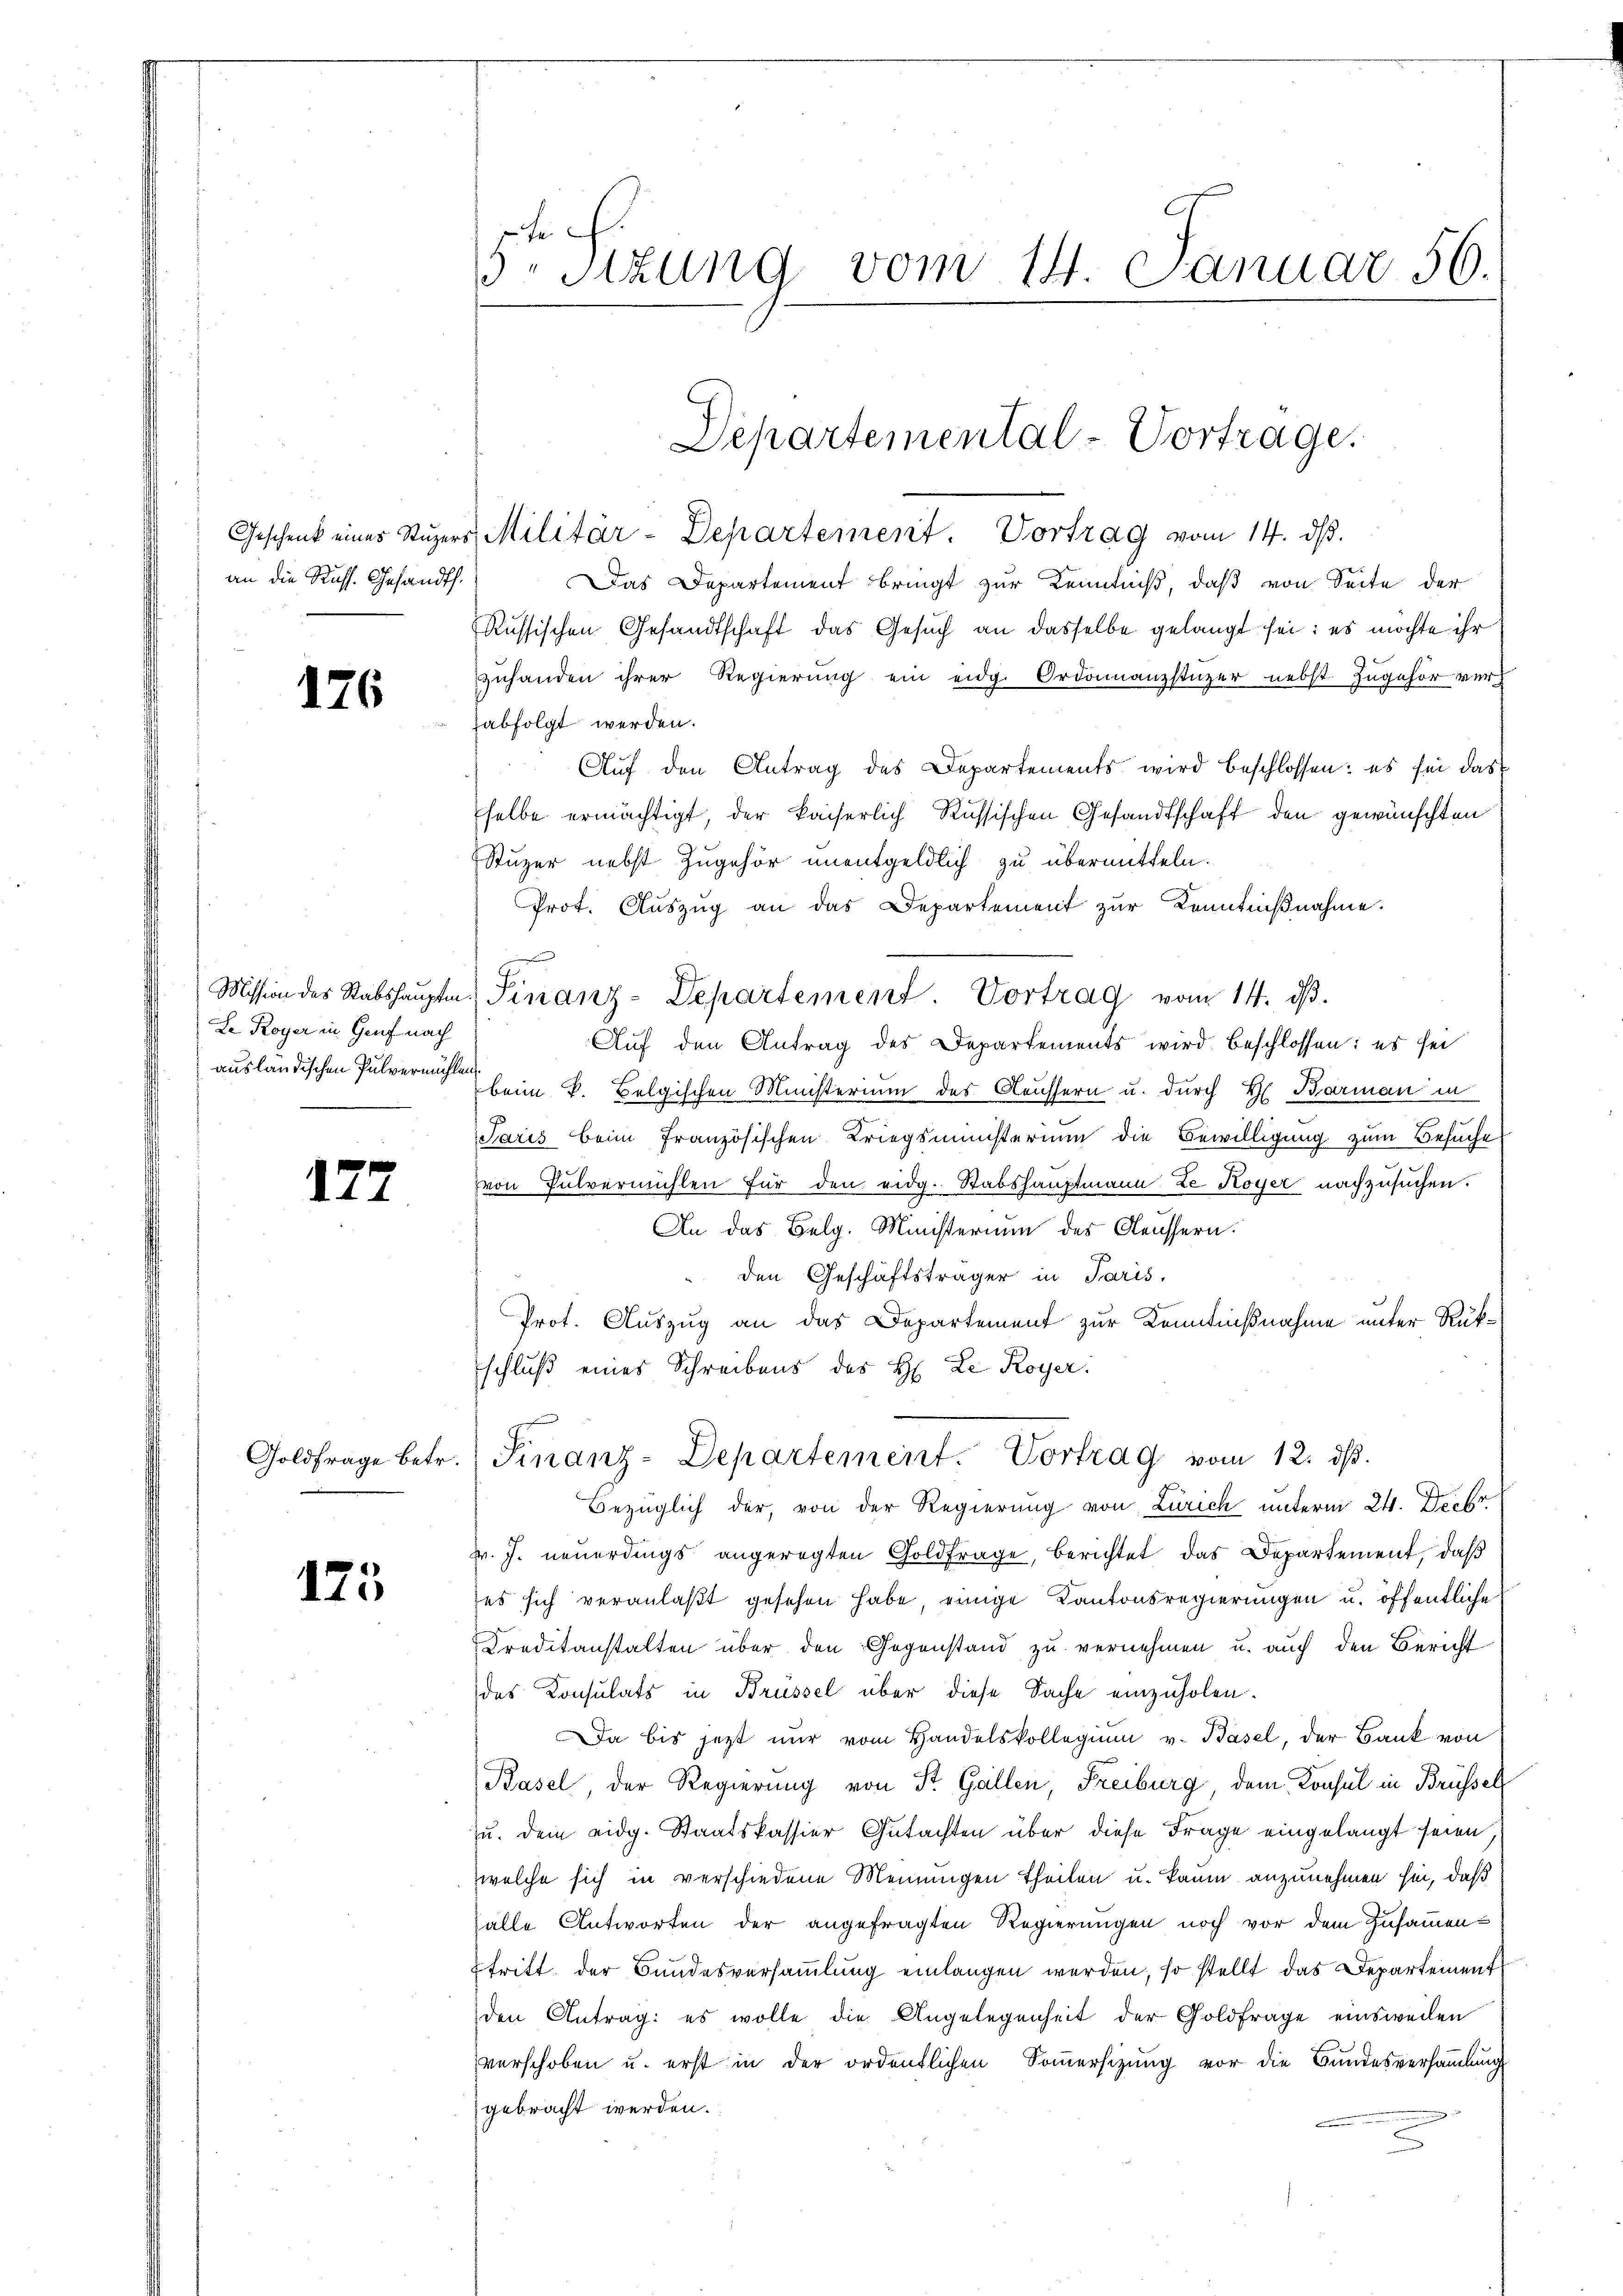
an die Russ. Gesandt.

176

Le Royer in Genf nach

127

Goldfrage betr.

125

5te Sizung vom 14. Januar 56.

Geschenk eines Stŭzers Militär-Departement. Vortrag vom 14. dβ.
Das Departement bringt zur Kenntniß, daß von Seite der
Russischen Gesandtschaft das Gesuch an dasselbe gelangt sei; es möchte ihr
zuhanden ihrer Regierŭng ein eidg. Ordonanzstüzer nebst zugehör verabfolgt werden.
Auf den Antrag des Departements wird beschlossen: es sei das
selbe ermächtigt, der kaiserlich Russischen Gesandtschaft den gewünschten
Stuzer nebst Zugehör unentgeldlich zu übermitteln.
Prot. Aŭszŭg an das Departement zŭr Kenntniβnahme.
J
Mission des Stabshauptm. Finanz-Departement Vortrag vom 14. dβ.
Auf den Antrag des Departements wird beschlossen: es sei
ausländischen Pulvermache beim k. Belgischen Ministerium des Aeussern u. durch H. Barman in
Paris beim französischen Kriegsministerium die Bewilligung zum Besuche
von Pulvermühlen für den eidg. Stabshauptmann ze Koyer nachzusuchen.
An das Belg. Ministerium des Aeussern.
den Geschäftsträger in Paris.
Prot. Auszug an das Departement zur Kenntnißnahme unter Rükschluß eines Schreibens des H. Le Royer.
Finanz-Departement. Vortrag vom 12. dβ.
Bezüglich der, von der Regierung von Zürich unterm 24. Decbr
v. J. neuerdings angeregten Goldfrage, berichtet das Departement, daß
es sich veranlaßt gesehen habe einige Kantonsregierungen u. öffentliche
Kreditanstalten über den Gegenstand zu vernehmen u. auch den Bericht
des Konsulats in Brüssel über diese Sache einzuholen.
Da bis jetzt nur vom Handelskollegium v. Basel, der Bank von
Pasel, der Regierung von St. Gallen, Freiburg, dem Konsul in Brüssel
zu. Dem eidg. Staatskassier Gutachten über diese Frage eingelangt seien.
welche sich in verschiedene Meinungen Theilen u. kaum anzunehmen sei, daß
falle Antworten der angefragten Regierungen noch vor dem Zusammentritt der Bundesversammlung einlangen werden, so stellt das Departement
den Antrag: es wolle die Angelegenheit der Goldfrage einsweilen
verschoben u. erst in der ordentlichen Sommersizung vor die Bundesversammlung
gebracht werden.

Departemental-Vortrage.